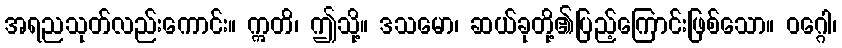
အရညသုတ်လည်းကောင်း။ ဣတိ၊ ဤသို့။ ဒသမော၊ ဆယ်ခုတို့၏ပြည့်ကြောင်းဖြစ်သော။ ဝဂ္ဂေါ၊